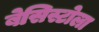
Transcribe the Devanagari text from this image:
बेसिस्टोला